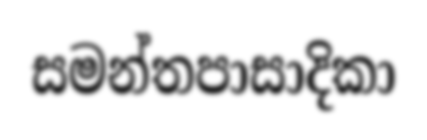
සමන්තපාසාදිකා